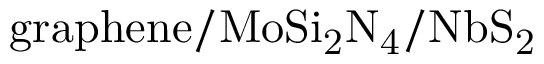
\mathrm { g r a p h e n e / M o S i _ { 2 } N _ { 4 } / N b S _ { 2 } }